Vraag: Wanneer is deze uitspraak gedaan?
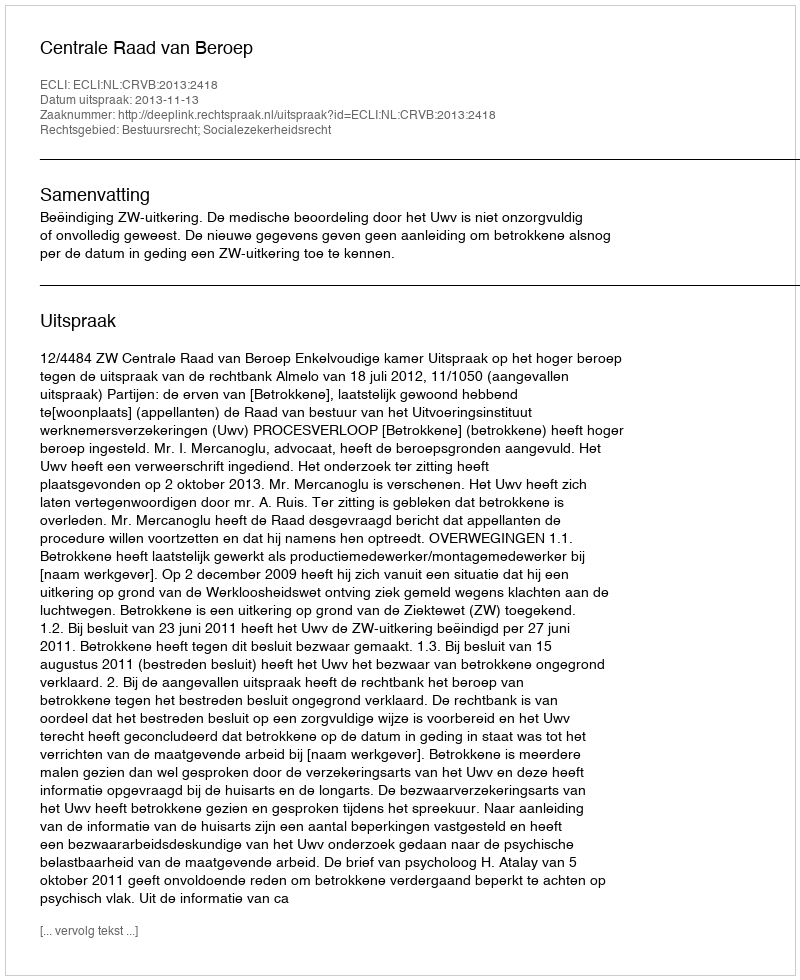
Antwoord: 2013-11-13